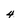
Character: 4